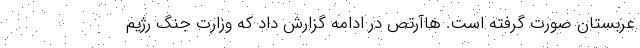
عربستان صورت گرفته است. هاآرتص در ادامه گزارش داد که وزارت جنگ رژیم